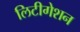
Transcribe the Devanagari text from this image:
लिटीगेशन